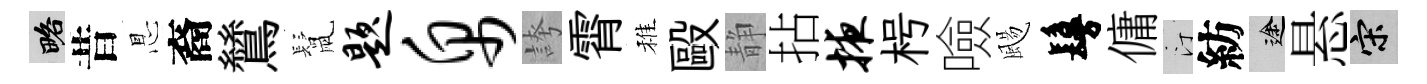
略昔㤙裔鷥鬛题帛誇霄稚毆静拈掖枵噞颺鬘傭汀紡途悬宋